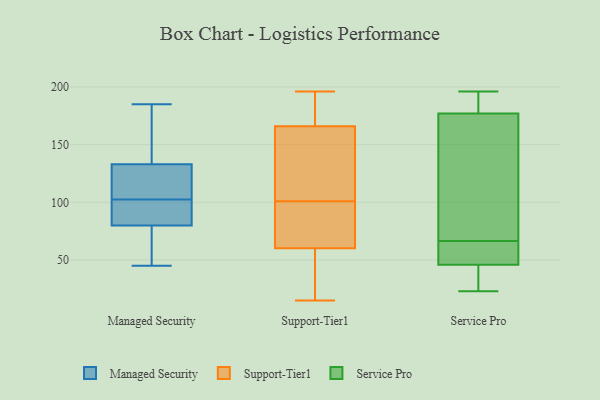
{"axis": {"x": "Budget (USD K)", "y": "Value"}, "legend": ["Managed Security", "Service Pro", "Support-Tier1"], "data": [{"x": "", "y": 133, "type": "Managed Security"}, {"x": "", "y": 83, "type": "Managed Security"}, {"x": "", "y": 53, "type": "Managed Security"}, {"x": "", "y": 145, "type": "Managed Security"}, {"x": "", "y": 103, "type": "Managed Security"}, {"x": "", "y": 185, "type": "Managed Security"}, {"x": "", "y": 57, "type": "Managed Security"}, {"x": "", "y": 45, "type": "Managed Security"}, {"x": "", "y": 102, "type": "Managed Security"}, {"x": "", "y": 100, "type": "Managed Security"}, {"x": "", "y": 184, "type": "Managed Security"}, {"x": "", "y": 80, "type": "Managed Security"}, {"x": "", "y": 133, "type": "Managed Security"}, {"x": "", "y": 120, "type": "Managed Security"}, {"x": "", "y": 182, "type": "Support-Tier1"}, {"x": "", "y": 100, "type": "Support-Tier1"}, {"x": "", "y": 76, "type": "Support-Tier1"}, {"x": "", "y": 17, "type": "Support-Tier1"}, {"x": "", "y": 166, "type": "Support-Tier1"}, {"x": "", "y": 161, "type": "Support-Tier1"}, {"x": "", "y": 183, "type": "Support-Tier1"}, {"x": "", "y": 90, "type": "Support-Tier1"}, {"x": "", "y": 101, "type": "Support-Tier1"}, {"x": "", "y": 47, "type": "Support-Tier1"}, {"x": "", "y": 128, "type": "Support-Tier1"}, {"x": "", "y": 196, "type": "Support-Tier1"}, {"x": "", "y": 166, "type": "Support-Tier1"}, {"x": "", "y": 61, "type": "Support-Tier1"}, {"x": "", "y": 191, "type": "Support-Tier1"}, {"x": "", "y": 36, "type": "Support-Tier1"}, {"x": "", "y": 15, "type": "Support-Tier1"}, {"x": "", "y": 60, "type": "Support-Tier1"}, {"x": "", "y": 156, "type": "Support-Tier1"}, {"x": "", "y": 48, "type": "Service Pro"}, {"x": "", "y": 177, "type": "Service Pro"}, {"x": "", "y": 49, "type": "Service Pro"}, {"x": "", "y": 181, "type": "Service Pro"}, {"x": "", "y": 31, "type": "Service Pro"}, {"x": "", "y": 84, "type": "Service Pro"}, {"x": "", "y": 103, "type": "Service Pro"}, {"x": "", "y": 46, "type": "Service Pro"}, {"x": "", "y": 196, "type": "Service Pro"}, {"x": "", "y": 23, "type": "Service Pro"}]}